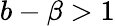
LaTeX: b-\beta>1